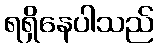
ရရှိနေပါသည်